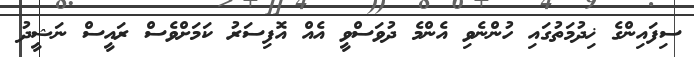
ސިފައިންގެ ޚިދުމަތުގައި ހުންނެވި އެންމެ ދުވަސްވީ އެއް އޮފިސަރު ކަމަށްވެސް ރައީސް ނަޝީދު